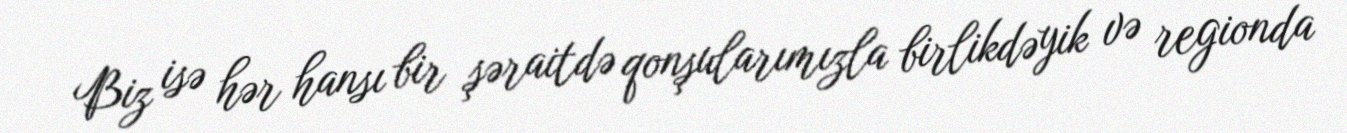
Biz isə hər hansı bir şəraitdə qonşularımızla birlikdəyik və regionda